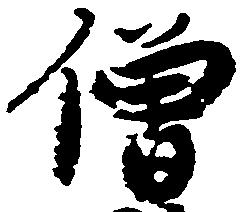
僧